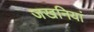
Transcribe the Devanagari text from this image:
जखनियां